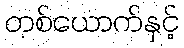
တစ်ယောက်နှင့်